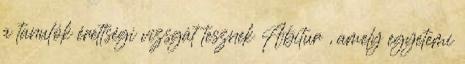
a tanulók érettségi vizsgát tesznek Abitur , amely egyetemi